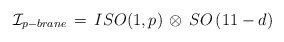
\begin{align*}{\cal I}_{p-brane} \, = \, ISO(1,p) \, \otimes \, SO \left( 11-d \right) \end{align*}